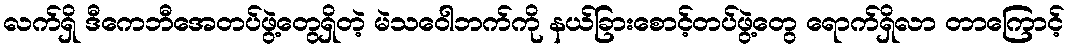
လက်ရှိ ဒီကေဘီအေတပ်ဖွဲ့တွေရှိတဲ့ မဲသဝေါဘက်ကို နယ်ခြားစောင့်တပ်ဖွဲ့တွေ ရောက်ရှိလာ တာကြောင့်